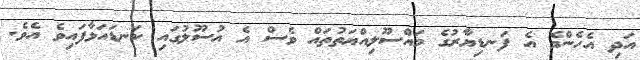
އަދި އެހެންމެ އެ ފަނޑިޔާރުގެ މައްސޫލިއްޔަތުތައް ވެސް އެ އުސޫލުގައި ކަނޑައަޅާފައިވެ އެވެ.